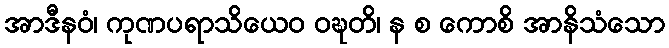
အာဒီနဝံ၊ ကုဏပရာသိယေဝ ဝဍ္ဎတိ၊ န စ ကောစိ အာနိသံသော